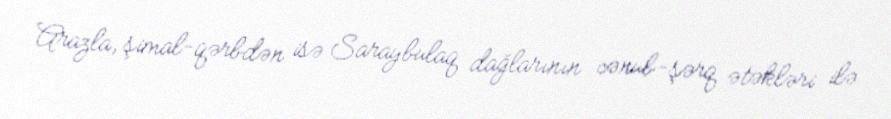
Arazla, şimal-qərbdən isə Saraybulaq dağlarının cənub-şərq ətəkləri ilə